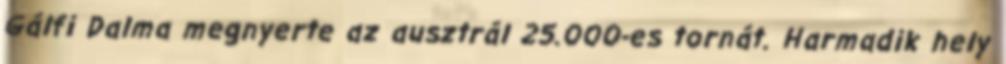
Gálfi Dalma megnyerte az ausztrál 25.000-es tornát. Harmadik hely